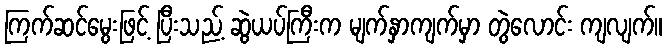
ကြက်ဆင်မွေးဖြင့် ပြီးသည့် ဆွဲယပ်ကြီးက မျက်နှာကျက်မှာ တွဲလောင်း ကျလျက်။